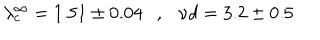
LaTeX: \lambda _ { c } ^ { \infty } = 1 . 5 1 \pm 0 . 0 4 \ \ \ , \ \ \ { { \nu } d } = 3 . 2 \pm 0 . 5